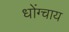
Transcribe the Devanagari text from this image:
धोंग्चाय